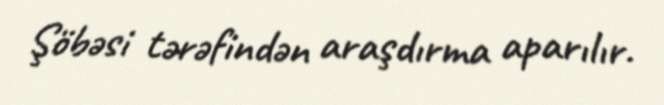
Şöbəsi tərəfindən araşdırma aparılır.